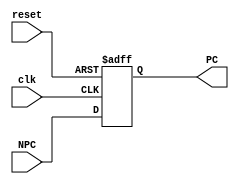
module PC(NPC, clk, reset, PC);

input[31:2] NPC;
input clk,reset;
output[31:2] PC;

reg[31:2] PC;

initial
begin
	PC = 0;
end

always @(negedge clk or posedge reset)
begin
	if(reset)
		PC <= 0; //reset
	else
		PC <= NPC; // NPCPC
end

endmodule